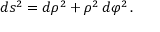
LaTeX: d s ^ { 2 } = d \rho ^ { 2 } + \rho ^ { 2 } \, d \varphi ^ { 2 } \, .